Trukikaitis_Postimees, lk 28
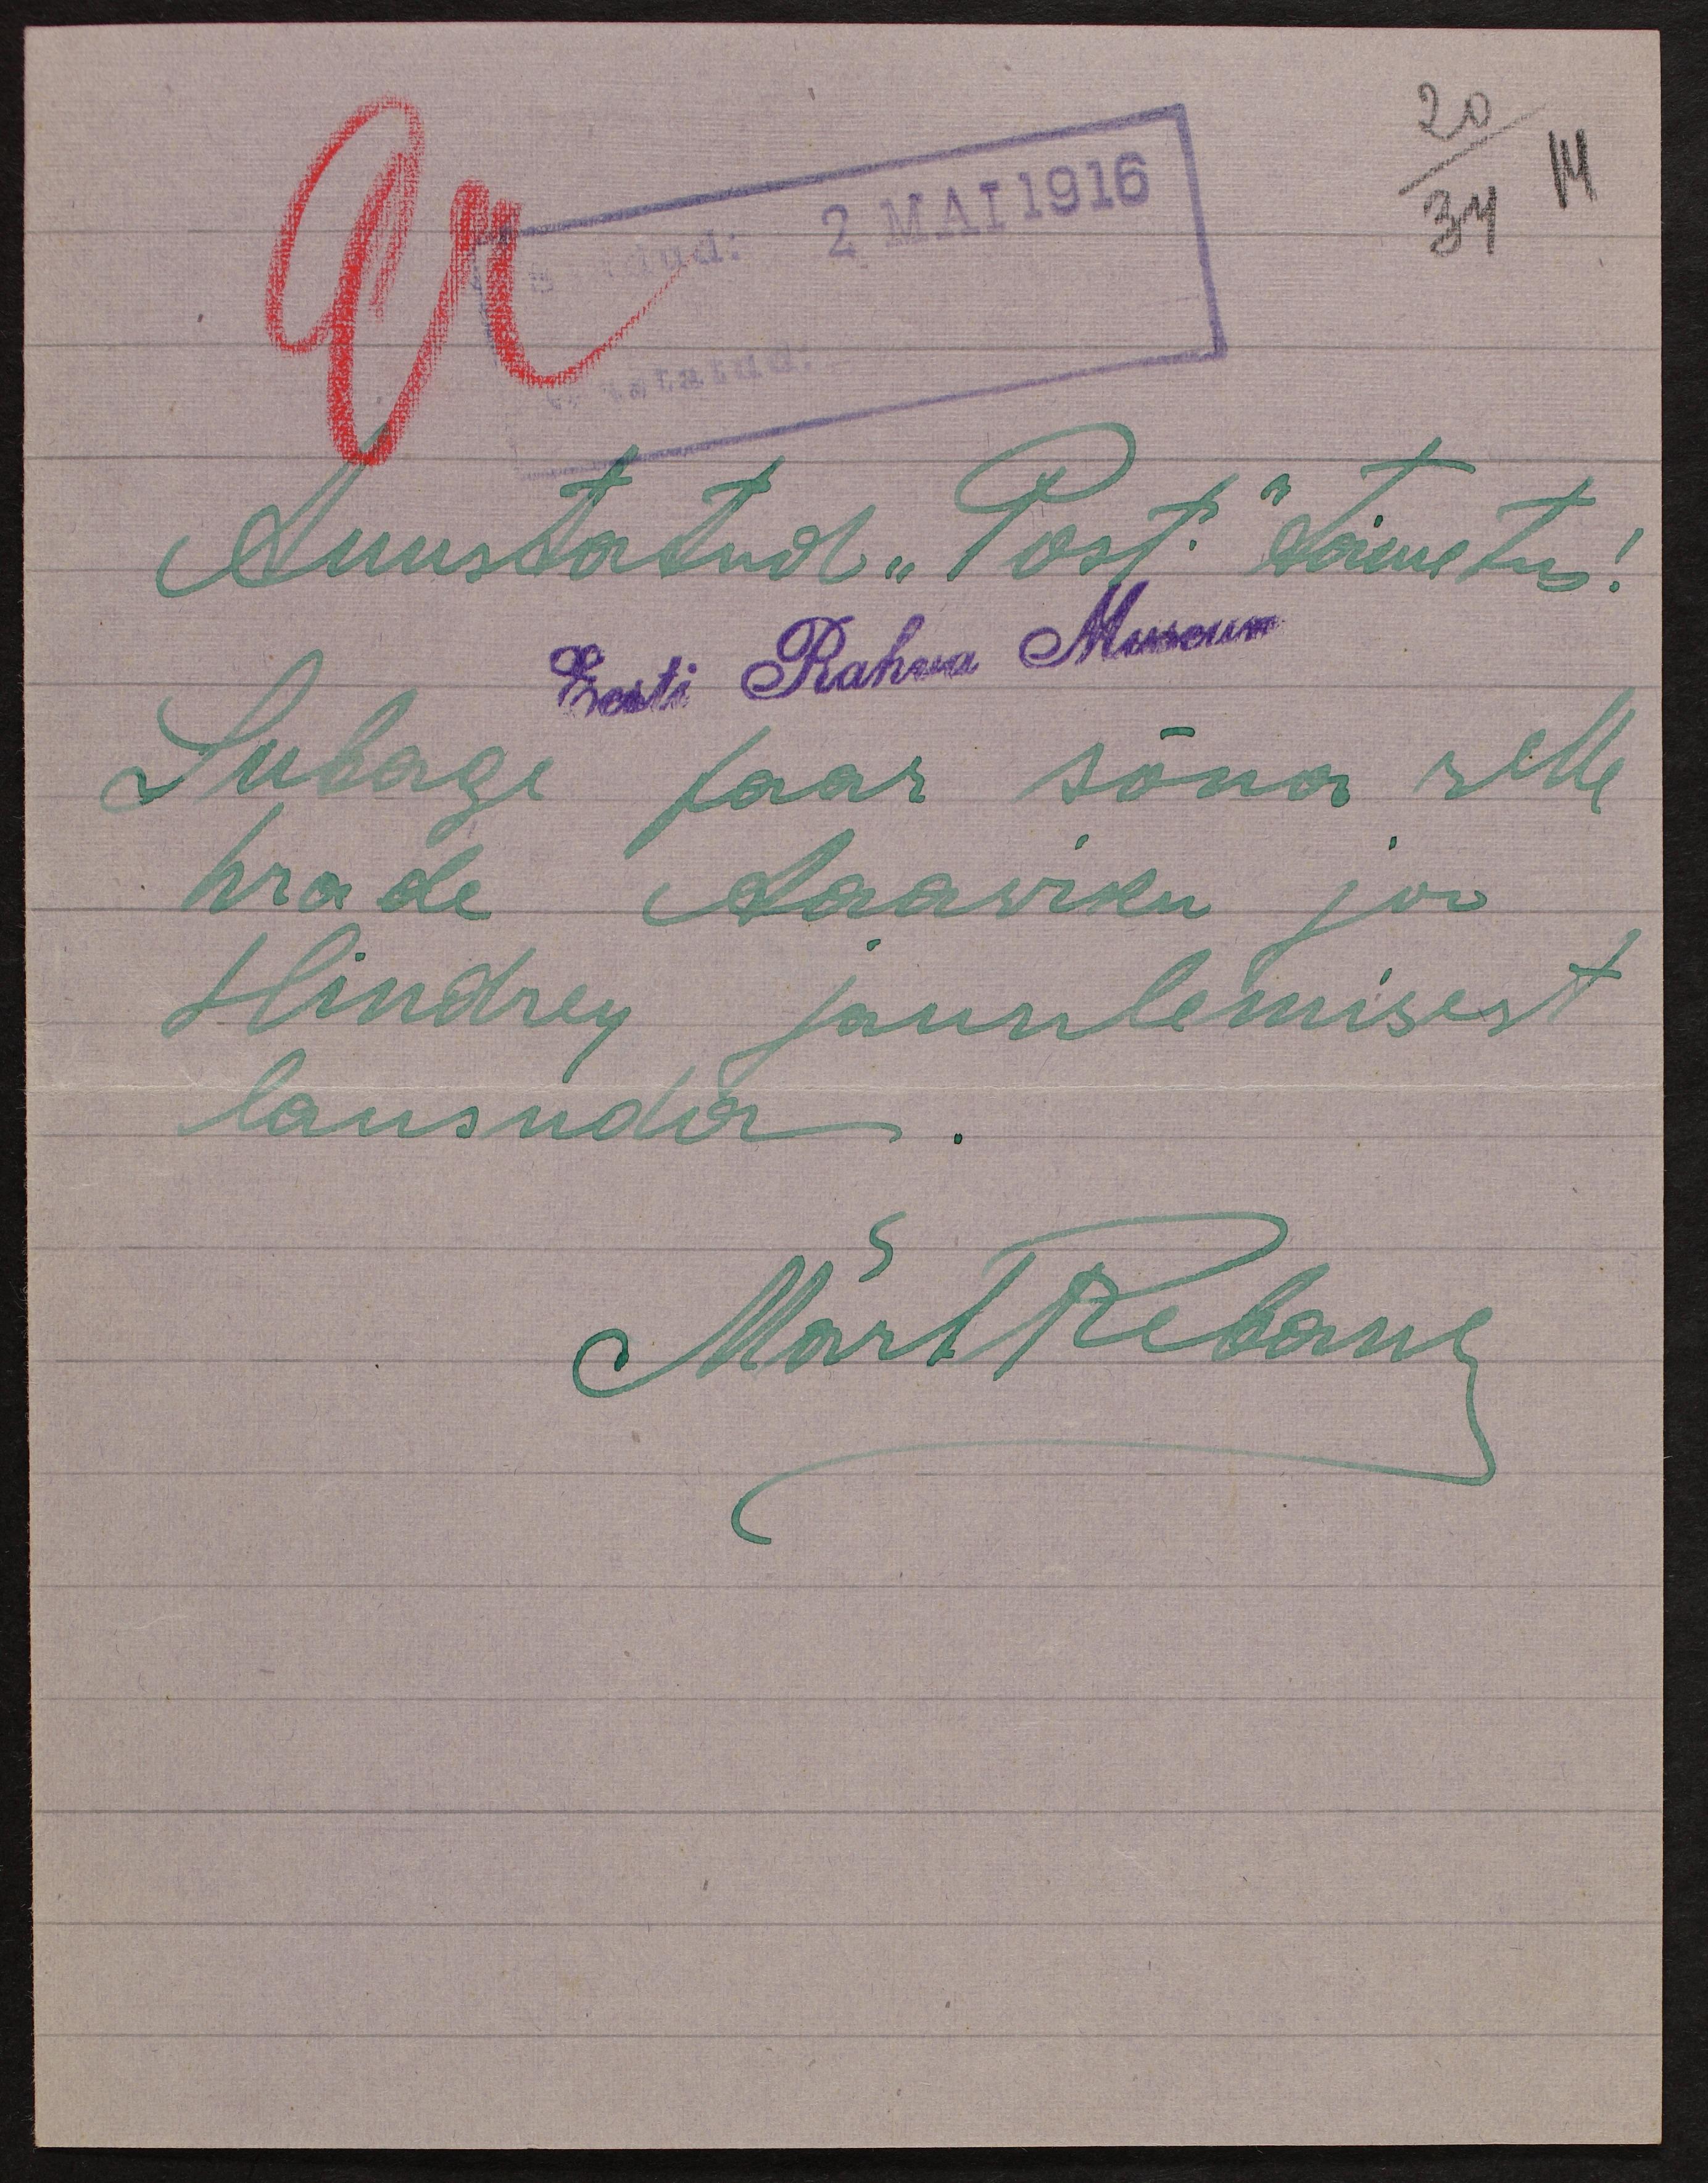
2. MAI 1916
20/34
Auustatud "Post." toimetus!
Eesti Rahva Museum
Lubage paar sõna selle
hrade Aaawiku ja
Hindrey jaunlemisest
lausuda
Märt Rebane